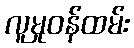
လူမှုဝန်ထမ်း